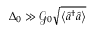
\Delta _ { 0 } \gg \mathcal { G } _ { 0 } \sqrt { \left\langle \hat { a } ^ { \dagger } \hat { a } \right\rangle }